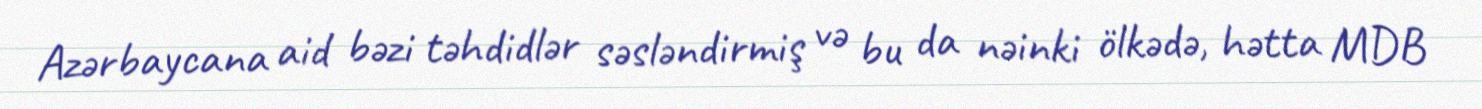
Azərbaycana aid bəzi təhdidlər səsləndirmiş və bu da nəinki ölkədə, hətta MDB